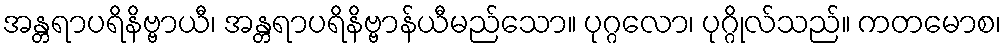
အန္တရာပရိနိဗ္ဗာယီ၊ အန္တရာပရိနိဗ္ဗာန်ယီမည်သော။ ပုဂ္ဂလော၊ ပုဂ္ဂိုလ်သည်။ ကတမောစ၊